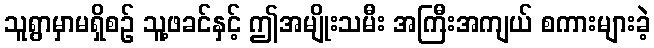
သူရွာမှာမရှိစဉ် သူ့ဖခင်နှင့် ဤအမျိုးသမီး အကြီးအကျယ် စကားများခဲ့